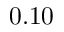
0 . 1 0